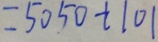
= 5 0 5 0 + 1 0 1